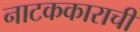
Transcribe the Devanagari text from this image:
नाटककाराची